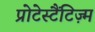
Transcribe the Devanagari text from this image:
प्रोटेस्टैंटिज़्म